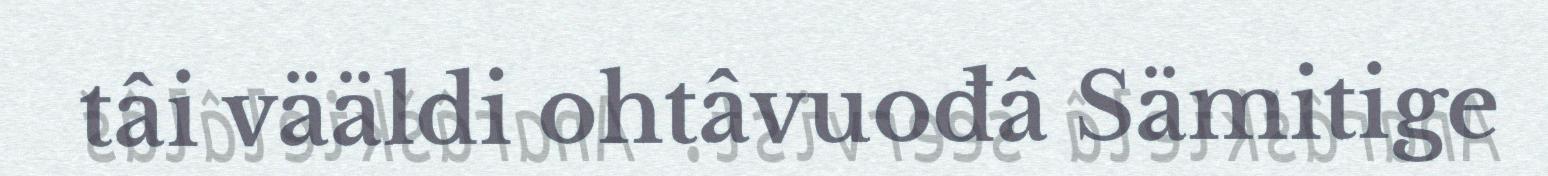
tâi vääldi ohtâvuođâ Sämitige